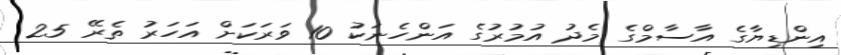
އިންޑިޔާގެ އާސާމްގެ މެދު އުމުރުގެ އަންހެނަކު 10 ވަރަކަށް އަހަރު ތެރޭ 25